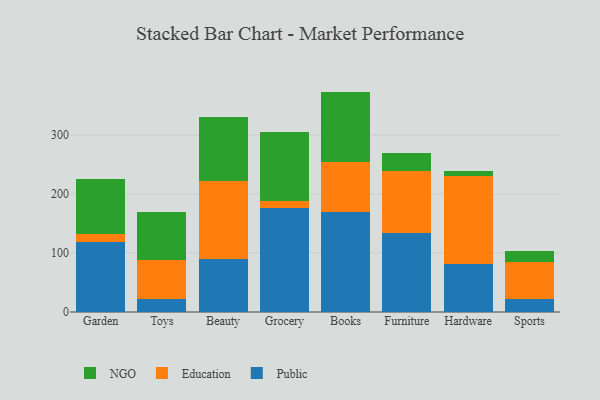
{"axis": {"x": "Category", "y": "Temperature (°C)"}, "legend": ["Education", "NGO", "Public"], "data": [{"x": "Garden", "y": 118.4, "type": "Public"}, {"x": "Garden", "y": 14.5, "type": "Education"}, {"x": "Garden", "y": 93.0, "type": "NGO"}, {"x": "Toys", "y": 21.3, "type": "Public"}, {"x": "Toys", "y": 67.7, "type": "Education"}, {"x": "Toys", "y": 81.1, "type": "NGO"}, {"x": "Beauty", "y": 89.2, "type": "Public"}, {"x": "Beauty", "y": 132.5, "type": "Education"}, {"x": "Beauty", "y": 109.4, "type": "NGO"}, {"x": "Grocery", "y": 176.1, "type": "Public"}, {"x": "Grocery", "y": 12.2, "type": "Education"}, {"x": "Grocery", "y": 117.6, "type": "NGO"}, {"x": "Books", "y": 168.9, "type": "Public"}, {"x": "Books", "y": 85.9, "type": "Education"}, {"x": "Books", "y": 118.8, "type": "NGO"}, {"x": "Furniture", "y": 133.2, "type": "Public"}, {"x": "Furniture", "y": 105.9, "type": "Education"}, {"x": "Furniture", "y": 29.8, "type": "NGO"}, {"x": "Hardware", "y": 80.9, "type": "Public"}, {"x": "Hardware", "y": 149.4, "type": "Education"}, {"x": "Hardware", "y": 9.3, "type": "NGO"}, {"x": "Sports", "y": 22.5, "type": "Public"}, {"x": "Sports", "y": 62.4, "type": "Education"}, {"x": "Sports", "y": 17.7, "type": "NGO"}]}